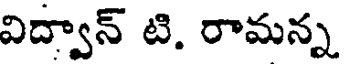
విద్వాన్ టి. రామన్న